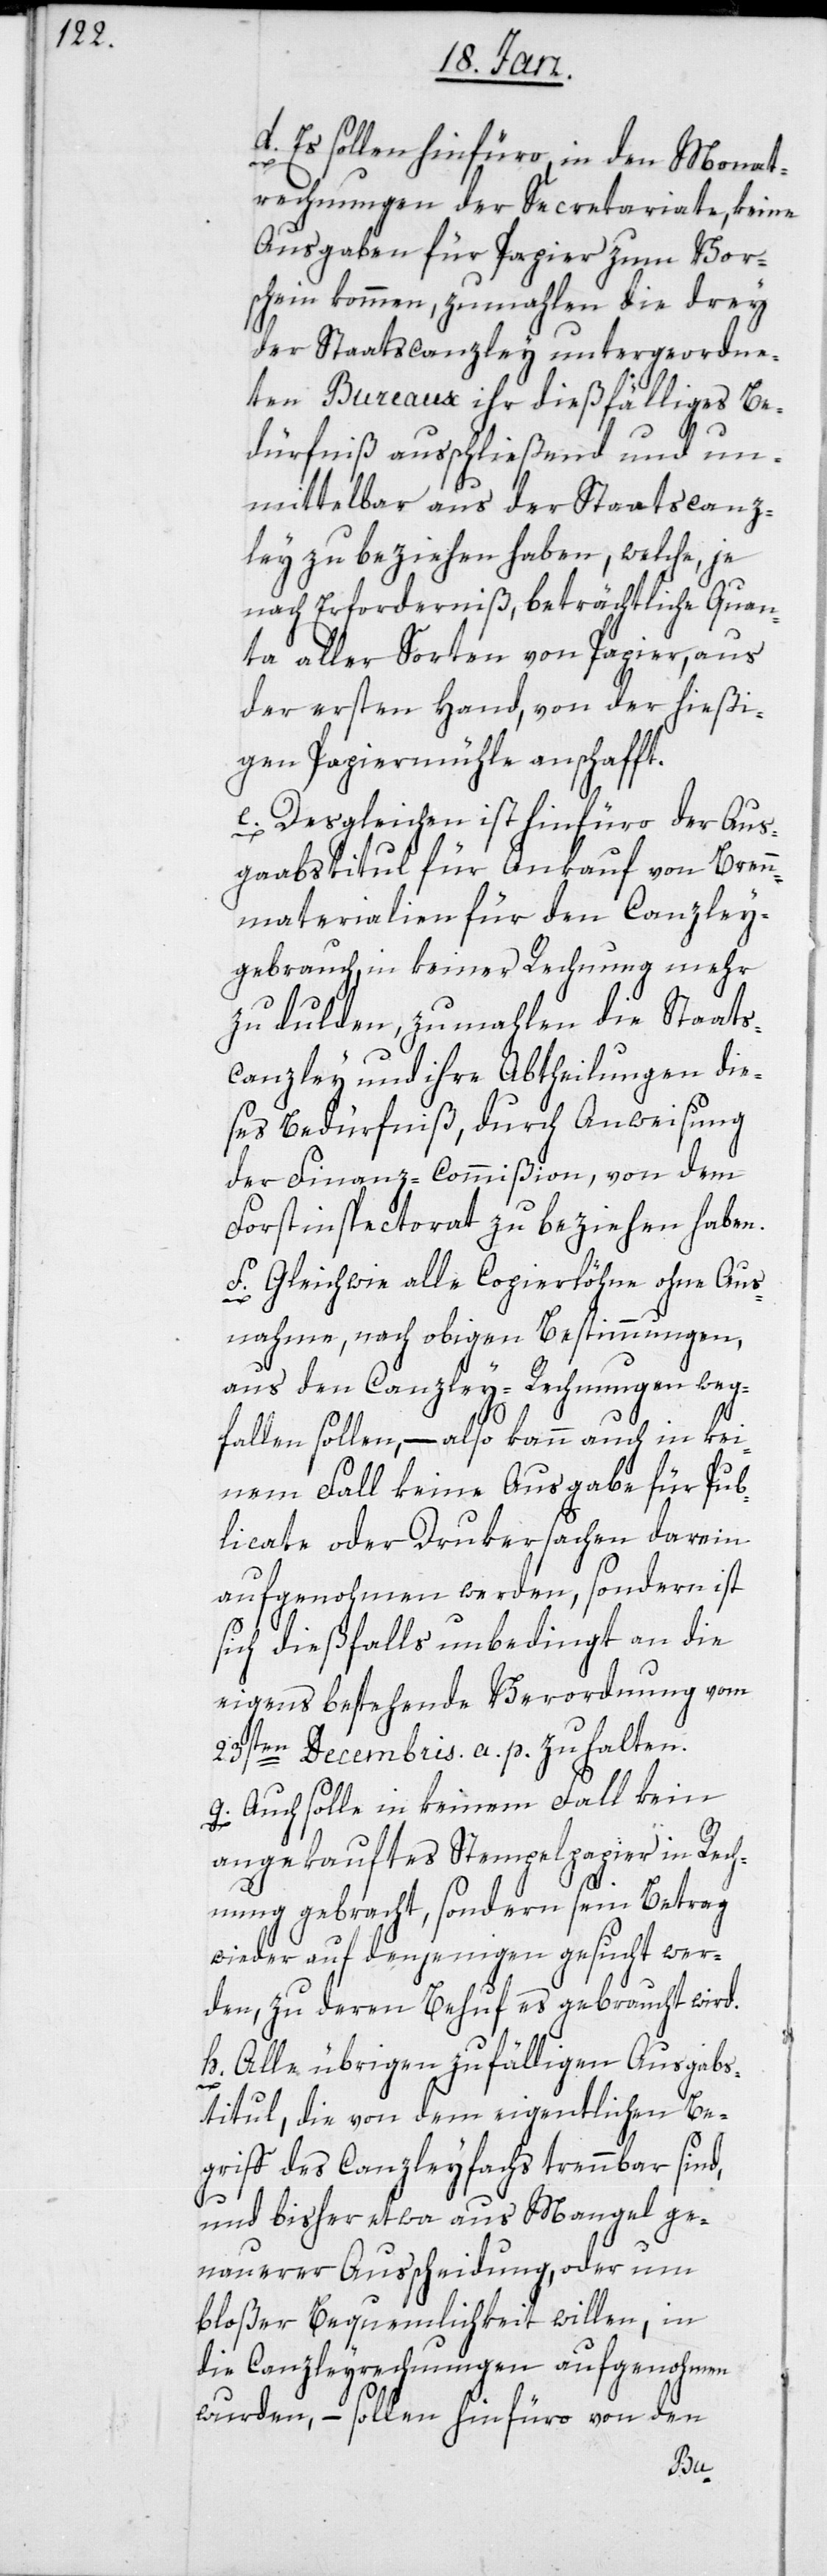
d) Es sollen hinfüro in den Monat¬
rechnungen der Secretariate, keine
Ausgaben für Papier zum Vor¬
schein kommen, zumahlen die drey
der Staatscanzley untergeordne¬
ten Bureaux ihr dießfälliges Be¬
dürfniß ausschließend und un¬
mittelbar aus der Staatscanz¬
ley zu beziehen haben, welche je
nach Erforderniß, beträchtliche Quan¬
ta aller Sorten von Papier, aus
der ersten Hand, von der hießi¬
gen Papiermühle anschafft.
e) Desgleichen ist hinfüro der Aus¬
gabstitul für Ankauf von Bren¬
nmaterialien für den Canzley¬
gebrauch, in keiner Rechnung mehr
zu dulden, zumahlen die Staats¬
canzley und ihre Abtheilungen die¬
ses Bedürfniß, durch Anweisung
der Finanz-Commißion, von dem
Forstinspectorat zu beziehen haben.
f) Gleichwie alle Copierlöhne ohne Aus¬
nahme, nach obigen Bestimmungen,
aus den Canzley-Rechnungen weg¬
fallen sollen, – also kann auch in kei¬
nem Fall keine Ausgabe für Pub¬
licate oder Drukersachen darein
aufgenohmen werden, sondern ist
sich dießfalls unbedingt an die
eigens bestehende Verordnung vom
23sten Decembris a. p. zu halten.
g) Auch solle in keinem Fall kein
angekauftes Stempelpapier in Rech¬
nung gebracht, sondern sein Betrag
wieder auf denjenigen gesucht wer¬
den, zu deren Behuf es gebraucht wird.
h) Alle übrigen zufälligen Ausgabs¬
titul, die von dem eigentlichen Be¬
griff des Canzleyfachs trennbar sind,
und bisher etwa aus Mangel ge¬
nauerer Ausscheidung, oder um
bloßer Bequemlichkeit willen, in
die Canzleyrechnungen aufgenohmen
wurden, – sollen hinfüro von den